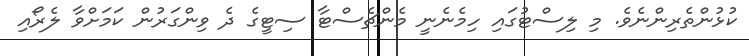
ކުޅުންތެރިންނެވެ. މި ލިސްޓުގައި ހިމެނެނީ މެންޗެސްޓާ ސިޓީގެ ދެ ވިންގަރުން ކަމަށްވާ ލެރޯއި